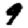
Digit: 9